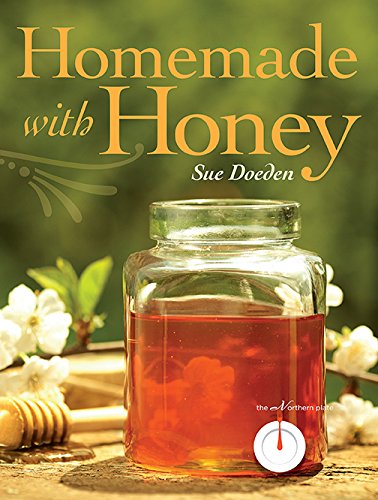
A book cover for Homemade with Honey; Sue Doeden; Cookbooks, Food & Wine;